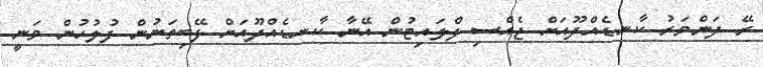
ރޭ ދަންވަރު ކާނޑެއްދޫއަށް ޖެއްސި ފްލައިޓުން އޭނާ ކާނޑެއްދޫއަށް ފޭބިތަނުން ފުލުހުން ވަނީ